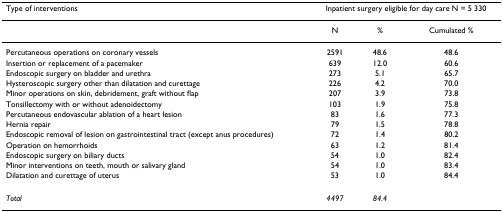
| Type of interventions | <COLSPAN=3> Inpatient surgery eligible for day care N = 5 330 |
 | --- | --- | --- | --- |
 |  | N | % | Cumulated % |
 | Percutaneous operations on coronary vessels | 2591 | 48.6 | 48.6 |
 | Insertion or replacement of a pacemaker | 639 | 12.0 | 60.6 |
 | Endoscopic surgery on bladder and urethra | 273 | 5.1 | 65.7 |
 | Hysteroscopic surgery other than dilatation and curettage | 226 | 4.2 | 70.0 |
 | Minor operations on skin, debridement, graft without flap | 207 | 3.9 | 73.8 |
 | Tonsillectomy with or without adenoidectomy | 103 | 1.9 | 75.8 |
 | Percutaneous endovascular ablation of a heart lesion | 83 | 1.6 | 77.3 |
 | Hernia repair | 79 | 1.5 | 78.8 |
 | Endoscopic removal of lesion on gastrointestinal tract (except anus procedures) | 72 | 1.4 | 80.2 |
 | Operation on hemorrhoids | 63 | 1.2 | 81.4 |
 | Endoscopic surgery on biliary ducts | 54 | 1.0 | 82.4 |
 | Minor interventions on teeth, mouth or salivary gland | 54 | 1.0 | 83.4 |
 | Dilatation and curettage of uterus | 53 | 1.0 | 84.4 |
 | Total | 4497 | 84.4 |  |